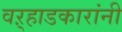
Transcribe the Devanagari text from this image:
वऱ्हाडकारांनी